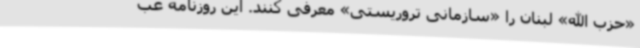
«حزب الله» لبنان را «سازمانی تروریستی» معرفی کنند. این روزنامه عب